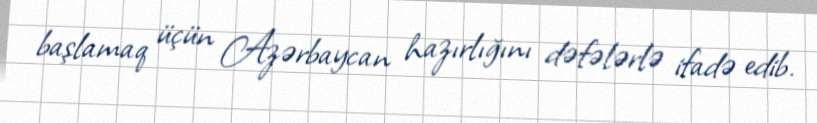
başlamaq üçün Azərbaycan hazırlığını dəfələrlə ifadə edib.